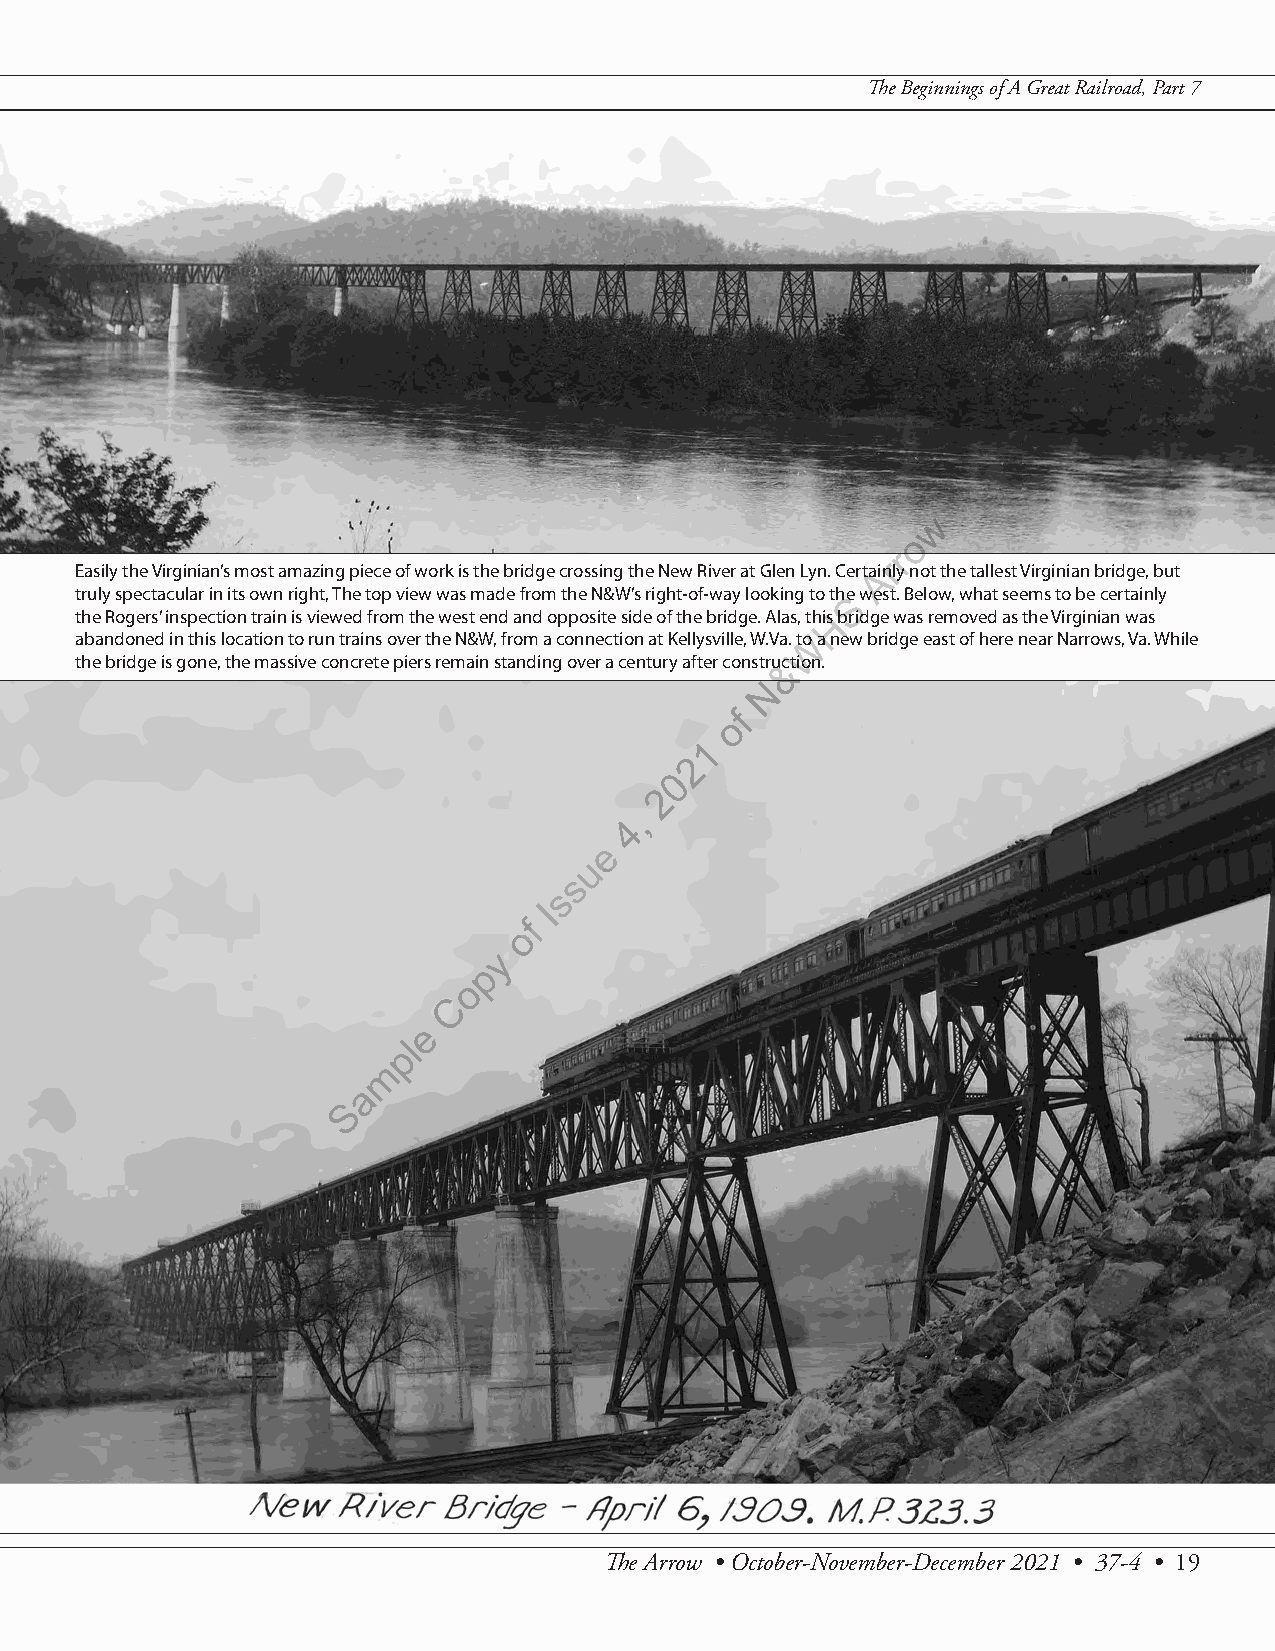
The Beginnings of A Great Railroad, Part 7
 w
 o
 r
 r
 Easily the Virginian’s most amazing piece of work is the bridge crossing the New River at Glen Lyn. CertaAinly not the tallest Virginian bridge, but
 truly spectacular in its own right, The top view was made from the N&W’s right-of-way looking to theS west. Below, what seems to be certainly
 the Rogers’ inspection train is viewed from the west end and opposite side of the bridge. Alas, thisH bridge was removed as the Virginian was
 abandoned in this location to run trains over the N&W, from a connection at Kellysville, W.Va. toW a new bridge east of here near Narrows, Va. While
 the bridge is gone, the massive concrete piers remain standing over a century after constru&ction.
 N
 f
 o
 1
 2
 0
 2
 ,
 4
 e
 u
 s
 s
 I
 f
 o
 y
 p
 o
 C
 e
 l
 p
 m
 a
 S
 The Arrow • October-November-December 2021 • 37-4 • 19